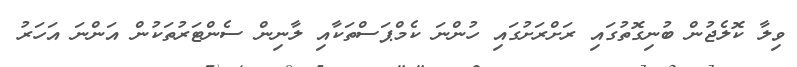
ވިލާ ކޮލެޖުން ބުނިގޮތުގައި ރަށްރަށުގައި ހުންނަ ކެމްޕަސްތަކާއި ލާނިން ސެންޓަރުތަކުން އަންނަ އަހަރު